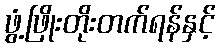
ဖွံ့ဖြိုးတိုးတက်ရန်နှင့်